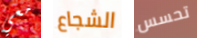
معي الشجاع تحسس